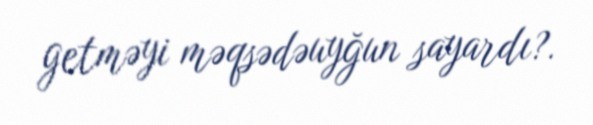
getməyi məqsədəuyğun sayardı?.